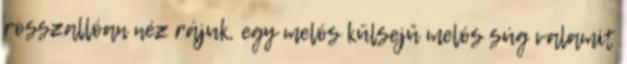
rosszallóan néz rájuk, egy melós külsejű melós súg valamit